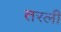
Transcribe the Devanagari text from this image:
तरली